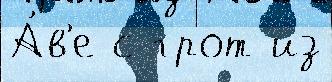
А́в'е с грот из